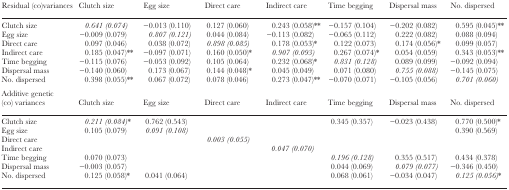
<table><thead><tr><td><b>Residual (co)variances</b></td><td><b>Clutch size</b></td><td><b>Egg size</b></td><td><b>Direct care</b></td><td><b>Indirect care</b></td><td><b>Time begging</b></td><td><b>Dispersal mass</b></td><td><b>No. dispersed</b></td></tr></thead><tbody><tr><td>Clutch size</td><td><i>0.641 (0.074</i>)</td><td>−0.013 (0.110)</td><td>0.127 (0.060)</td><td>0.243 (0.058)**</td><td>−0.157 (0.104)</td><td>−0.202 (0.082)</td><td>0.595 (0.045)**</td></tr><tr><td>Egg size</td><td>−0.009 (0.079)</td><td><i>0.807 (0.121</i>)</td><td>0.044 (0.084)</td><td>−0.113 (0.082)</td><td>−0.065 (0.112)</td><td>0.222 (0.082)</td><td>0.088 (0.094)</td></tr><tr><td>Direct care</td><td>0.097 (0.046)</td><td>0.038 (0.072)</td><td><i>0.898 (0.085</i>)</td><td>0.178 (0.053)*</td><td>0.122 (0.073)</td><td>0.174 (0.056)*</td><td>0.099 (0.057)</td></tr><tr><td>Indirect care</td><td>0.185 (0.047)**</td><td>−0.097 (0.071)</td><td>0.160 (0.050)*</td><td><i>0.907 (0.093</i>)</td><td>0.267 (0.074)*</td><td>0.054 (0.059)</td><td>0.343 (0.053)**</td></tr><tr><td>Time begging</td><td>−0.115 (0.076)</td><td>−0.053 (0.092)</td><td>0.105 (0.064)</td><td>0.232 (0.068)*</td><td><i>0.831 (0.128</i>)</td><td>0.089 (0.099)</td><td>−0.092 (0.094)</td></tr><tr><td>Dispersal mass</td><td>−0.140 (0.060)</td><td>0.173 (0.067)</td><td>0.144 (0.048)*</td><td>0.045 (0.049)</td><td>0.071 (0.080)</td><td><i>0.755 (0.088</i>)</td><td>−0.145 (0.075)</td></tr><tr><td>No. dispersed</td><td>0.398 (0.055)**</td><td>0.067 (0.072)</td><td>0.078 (0.046)</td><td>0.273 (0.047)**</td><td>−0.070 (0.071)</td><td>−0.105 (0.056)</td><td><i>0.701 (0.060</i>)</td></tr><tr><td>Additive genetic (co) variances</td><td>Clutch size</td><td>Egg size</td><td>Direct care</td><td>Indirect care</td><td>Time begging</td><td>Dispersal mass</td><td>No. dispersed</td></tr><tr><td>Clutch size</td><td><i>0.211 (0.084</i>)*</td><td>0.762 (0.543)</td><td></td><td></td><td>0.345 (0.357)</td><td>−0.023 (0.438)</td><td>0.770 (0.500)*</td></tr><tr><td>Egg size</td><td>0.105 (0.079)</td><td><i>0.091 (0.108</i>)</td><td></td><td></td><td></td><td></td><td>0.390 (0.569)</td></tr><tr><td>Direct care</td><td></td><td></td><td><i>0.003 (0.055</i>)</td><td></td><td></td><td></td><td></td></tr><tr><td>Indirect care</td><td></td><td></td><td></td><td><i>0.047 (0.070</i>)</td><td></td><td></td><td></td></tr><tr><td>Time begging</td><td>0.070 (0.073)</td><td></td><td></td><td></td><td><i>0.196 (0.128</i>)</td><td>0.355 (0.517)</td><td>0.434 (0.378)</td></tr><tr><td>Dispersal mass</td><td>−0.003 (0.057)</td><td></td><td></td><td></td><td>0.044 (0.069)</td><td><i>0.079 (0.077</i>)</td><td>−0.346 (0.450)</td></tr><tr><td>No. dispersed</td><td>0.125 (0.058)*</td><td>0.041 (0.064)</td><td></td><td></td><td>0.068 (0.061)</td><td>−0.034 (0.047)</td><td><i>0.125 (0.056</i>)*</td></tr></tbody></table>